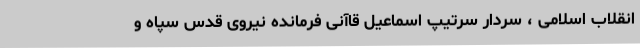
انقلاب اسلامی ، سردار سرتیپ اسماعیل قاآنی فرمانده نیروی قدس سپاه و